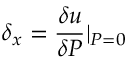
\delta _ { x } = \frac { \delta { u } } { \delta { P } } \textbar { _ { P = 0 } }